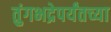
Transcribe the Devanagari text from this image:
तुंगभद्रेपर्यंतच्या